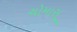
ચોમાસૂ